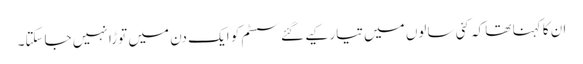
ان کا کہنا تھا کہ کئی سالوں میں تیار کیے گئے سسٹم کو ایک دن میں توڑا نہیں جاسکتا۔